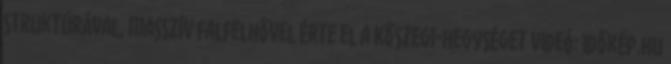
struktúrával, masszív falfelhővel érte el a Kőszegi-hegységet videó: Időkép.hu